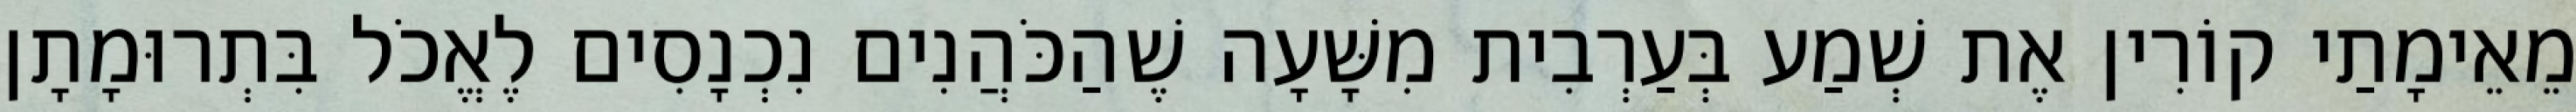
מֵאֵימָתַי קוֹרִין אֶת שְׁמַע בְּעַרְבִית מִשָּׁעָה שֶׁהַכֹּהֲנִים נִכְנָסִים לֶאֱכֹל בִּתְרוּמָתָן